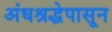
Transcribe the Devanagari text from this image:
अंधश्रद्धेपासून